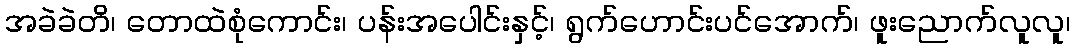
အခဲခဲတိ၊ တောထဲစုံကောင်း၊ ပန်းအပေါင်းနှင့်၊ ရွက်ဟောင်းပင်အောက်၊ ဖူးညောက်လူလူ၊